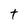
Character: t